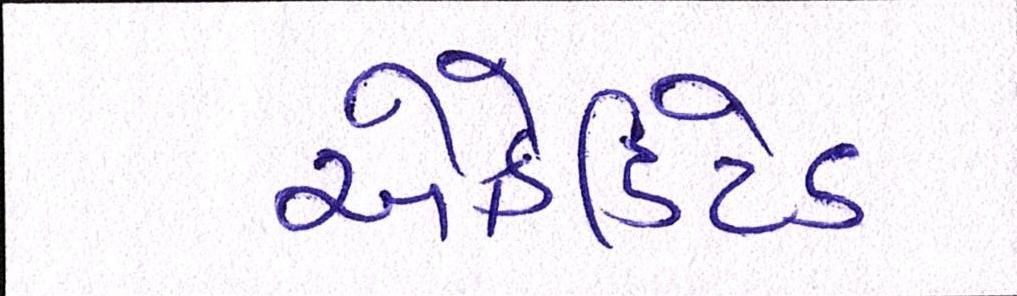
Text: એક્રેડિટેડ